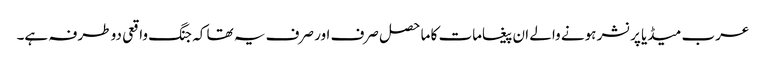
عرب میڈیا پرنشر ہونے والے ان پیغامات کا ماحصل صرف اور صرف یہ تھا کہ جنگ واقعی دو طرفہ ہے۔